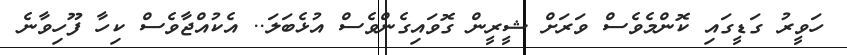
ހަވީރު ގަޑީގައި ކޮންމެވެސް ވަރަށް ޝީރީން ގޮވައިގެންވެސް އުޅެބަލަ.. އެކުއްޖާވެސް ކިހާ ފޫހިވާނެ